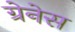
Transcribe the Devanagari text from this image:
ग्रेनेस